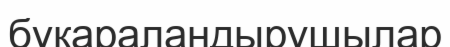
бұқараландырушылар